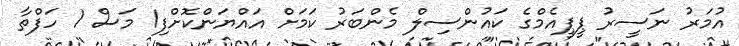
އުމަރު ނަސީރު ޕީޕީއެމްގެ ކައުންސިލް މެންބަރު ކަމަށް އައްޔަންކޮށްފި1 މަސް 1 ހަފްތާ